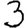
Digit: 3